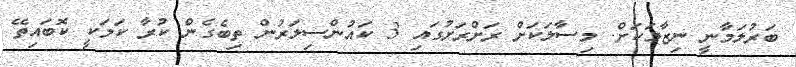
ބަރުލަމާނީ ނިޒާމަކަށް. މިސާލަކަށް ރަށްރަށުގައި 3 ކައުންސިލަރުން ތިބެގެން ކުރާ ކަމަކީ ކޮބައިތޭ